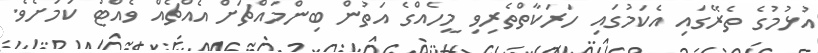
އުޅުމުގެ ތެރޭގައި އެކަމުގައި ހަރަކާތްތެރިވި މީހެއްގެ އަތުން ބިންމައްޗަށް އެއްޗެއް ވެއްޓު ކަމަށެވެ.